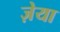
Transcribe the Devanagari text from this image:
ज़ेया